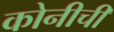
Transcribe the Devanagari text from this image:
कोनीची